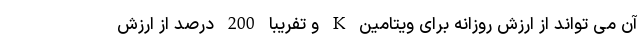
آن می تواند از ارزش روزانه برای ویتامین K و تفریبا 200 درصد از ارزش